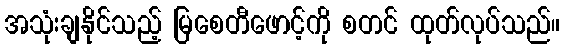
အသုံးချနိုင်သည့် မြစေတီဖောင့်ကို စတင် ထုတ်လုပ်သည်။